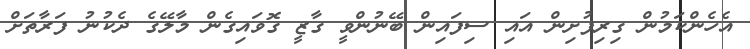
އެހެންކަމުން ގިރިފުށިން އައި ސިފައިން ބޭނުންވީ ގާޒީ ގޮވައިގެން މާލޭގެ ދެކުނު ފަރާތަށް